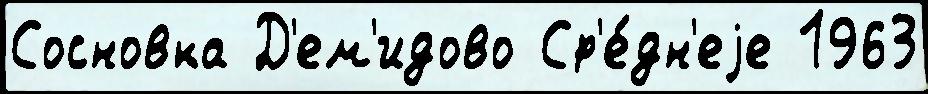
Сосновка Д'ем'идово Ср'е́дн'еjе 1963